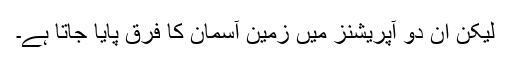
لیکن ان دو آپریشنز میں زمین آسمان کا فرق پایا جاتا ہے۔